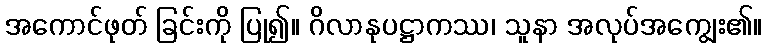
အကောင်ဖုတ် ခြင်းကို ပြု၍။ ဂိလာနုပဋ္ဌာကဿ၊ သူနာ အလုပ်အကျွေး၏။